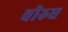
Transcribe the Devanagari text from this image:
वीरुध